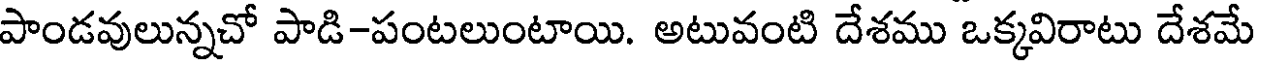
పాండవులున్నచో పాడి-పంటలుంటాయి. అటువంటి దేశము ఒక్కవిరాటు దేశమే